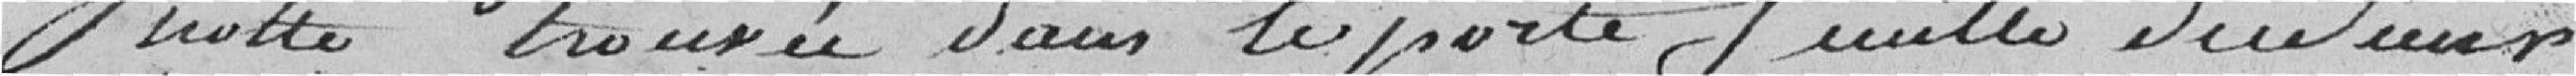
note trouvée dans le porte-feuille du Sieur